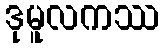
ဒုမူလကဿ